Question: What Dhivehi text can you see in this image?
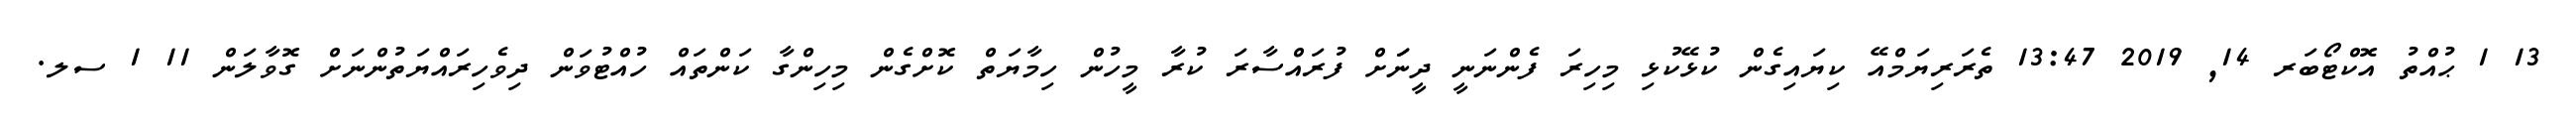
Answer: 13 1 ޙުއްތު އޮކްޓޯބަރ 14, 2019 13:47 ތެރަރިޔަމްއޭ ކިޔައިގެން ކުޅޭކުޅި މިހިރަ ފެންނަނީ ދީނަަށް ފުރައްސާރަ ކުރާ މީހުން ހިމާޔަތް ކޮށްގެން މިހިންގާ ކަންތައް ހުއްޓުވަން ދިވެހިރައްޔަތުންނަށް ގޮވާލަން 11 1 ސލ.